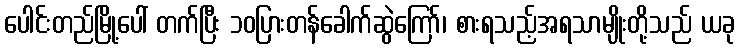
ပေါင်းတည်မြို့ပေါ် တက်ပြီး ၁၀ပြားတန်ခေါက်ဆွဲကြော်၊ စားရသည့်အရသာမျိုးတို့သည် ယခု